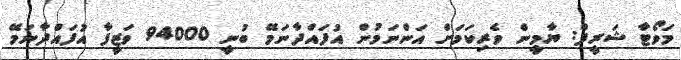
މަވޯޓާ ޝަރީފް: ޔާމީން ވެރިކަމަށް އަންނަމުން އުފައްދާނަމޭ ބުނީ 94000 ވަޒީފާ އުފައްދާނަމޭ